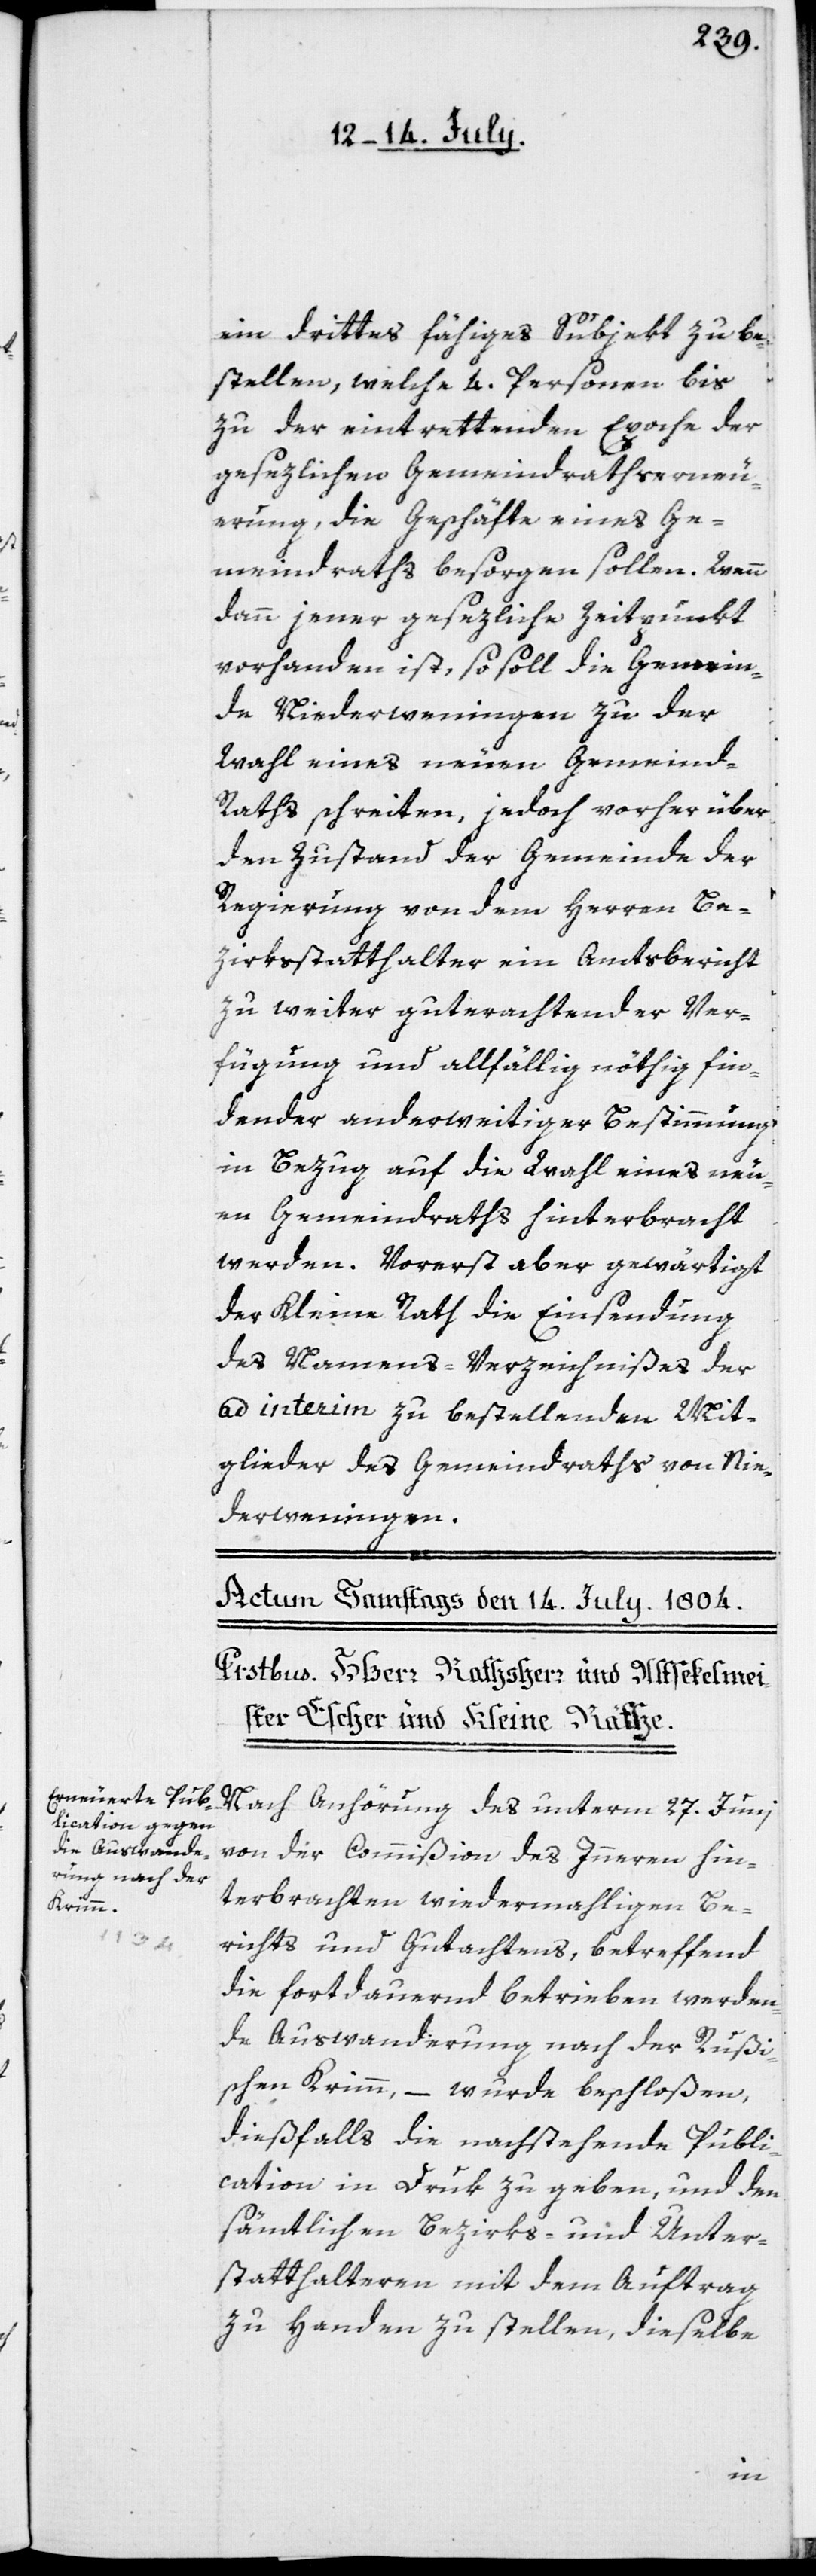
ein drittes fähiges Subjekt zu be¬
stellen, welche 4. Personen bis
zu der eintrettenden Epoche der
gesezlichen Gemeindrathserneu¬
erung, die Geschäfte eines Ge¬
meindraths besorgen sollen. Wenn
dann jener gesezliche Zeitpunkt
vorhanden ist, so soll die Gemein¬
de Niederweningen zu der
Wahl eines neuen Gemeind¬
raths schreiten, jedoch vorher über
den Zustand der Gemeinde der
Regierung von dem Herren Be¬
zirksstatthalter ein Amtsbericht
zu weiter guterachtender Ver¬
fügung und allfällig nöthig fin¬
dender anderweitiger Bestimmung
in Bezug auf die Wahl eines neu¬
en Gemeindraths hinterbracht
werden. Vorerst aber gewärtigt
der Kleine Rath die Einsendung
des Namens-Verzeichnißes der
ad interim zu bestellenden Mit¬
glieder des Gemeindraths von Nie¬
derweningen.
Nach Anhörung des unterm 27ten Junii
von der Commißion des Innern hin¬
terbrachten wiedermahligen Be¬
richts und Gutachtens, betreffend
die fortdauernd betrieben werden¬
de Auswanderung nach der Rußi¬
schen Krimm, – wurde beschloßen,
dießfalls die nachstehende Publi¬
cation in Druk zu geben, und den
sämtlichen Bezirks- und Unter¬
statthalteren mit dem Auftrag
zu Handen zu stellen, dieselbe